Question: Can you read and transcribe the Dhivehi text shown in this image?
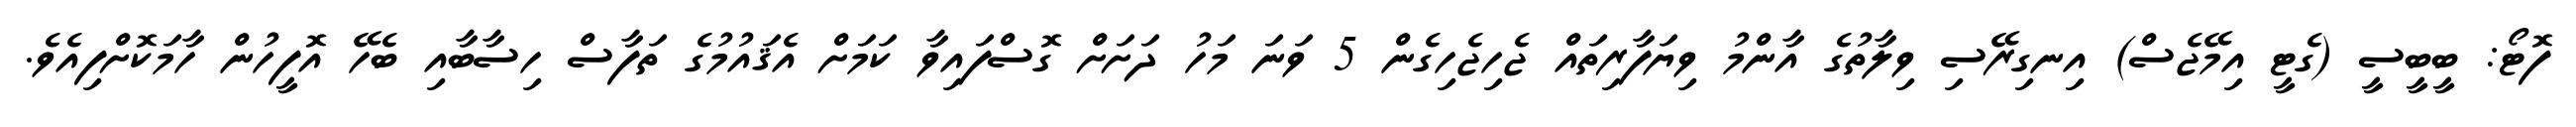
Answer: ފޮޓޯ: ބީބީސީ (ގެޓީ އިމޭޖެސް) އިނގިރޭސި ވިލާތުގެ އާންމު ވިޔަފާރިތައް ޖެހިޖެހިގެން 5 ވަނަ މަހު ދަށަށް ގޮސްފައިވާ ކަމަށް އެޤައުމުގެ ތަފާސް ހިސާބާއި ބެހޭ އޮފީހުން ހާމަކޮށްފިއެވެ.